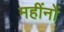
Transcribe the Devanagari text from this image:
महींनों